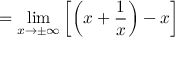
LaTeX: = \operatorname* { l i m } _ { x \to \pm \infty } \left[ \left( x + { \frac { 1 } { x } } \right) - x \right]